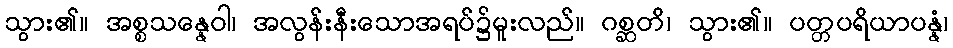
သွား၏။ အစ္စသန္နေဝါ၊ အလွန်းနီးသောအရပ်၌မူးလည်။ ဂစ္ဆတိ၊ သွား၏။ ပတ္တပရိယာပန္နံ၊